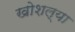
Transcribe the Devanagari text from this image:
खोशल्या